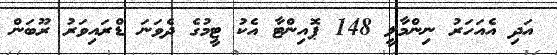
އަދި އެއަހަރު ނިންމާލީ 148 ޕޮއިންޓާ އެކު ޓީމުގެ ދެވަނަ ޑްރައިވަރު ރޫބަން